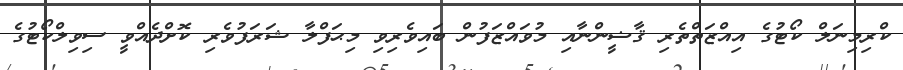
ކްރިމިނަލް ކޯޓުގެ އިއްޒަތްތެރި ޤާޟީންނާއި މުވައްޒަފުން ބައިވެރިވި މިޙަފްލާ ޝަރަފުވެރި ކޮށްދެއްވީ ސިވިލްކޯޓުގެ